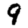
Digit: 9